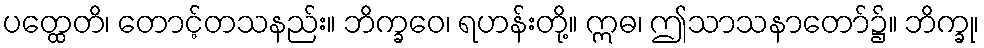
ပတ္ထေတိ၊ တောင့်တသနည်း။ ဘိက္ခဝေ၊ ရဟန်းတို့။ ဣဓ၊ ဤသာသနာတော်၌။ ဘိက္ခု၊